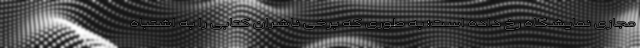
مجازی نمایشگاه رخ داده است؛ به طوری که برخی ناشران کتابی را به اشتباه